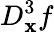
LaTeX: D_{\mathbf{x}}^{3}f